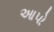
આપો